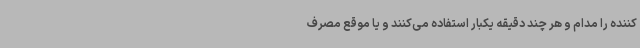
کننده را مدام و هر چند دقیقه یکبار استفاده می‌کنند و یا موقع مصرف